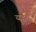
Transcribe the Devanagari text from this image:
यझ्द